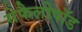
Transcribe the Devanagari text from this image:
सेफैलोपॉड